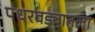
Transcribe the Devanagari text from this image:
पंधरवड्यातला